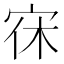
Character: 𭓭